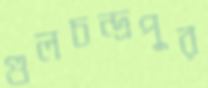
গুলচন্দ্রপুর